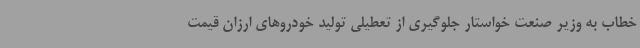
خطاب به وزیر صنعت خواستار جلوگیری از تعطیلی تولید خودروهای ارزان قیمت